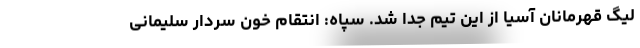
لیگ قهرمانان آسیا از این تیم جدا شد. سپاه: انتقام خون سردار سلیمانی